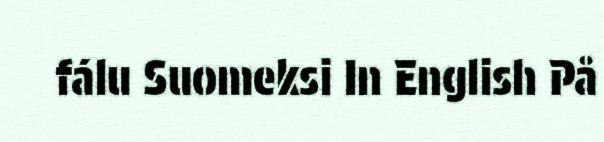
fálu Suomeksi In English På